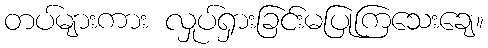
တပ်များကား လှုပ်ရှားခြင်းမပြုကြသေးချေ။